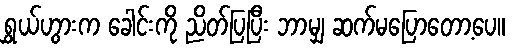
ရွှယ်ဟွားက ခေါင်းကို ညိတ်ပြပြီး ဘာမျှ ဆက်မပြောတော့ပေ။